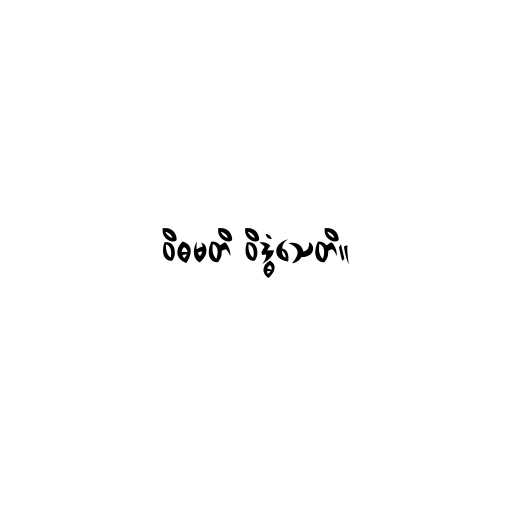
ဝိဓမတိ ဝိဒ္ဓံသေတိ။